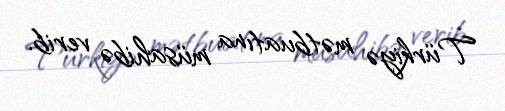
Türkiyə mətbuatına müsahibə verib.